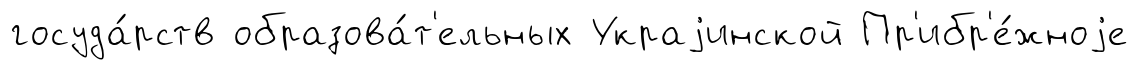
госуда́рств образова́т'ельных Украjинской Пр'ибр'е́жноjе